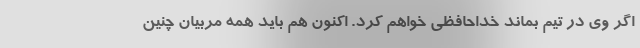
اگر وی در تیم بماند خداحافظی خواهم کرد. اکنون هم باید همه مربیان چنین